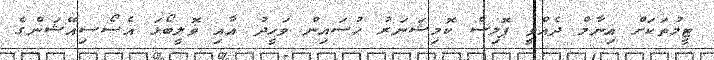
ޓީމުތަކަށް އިނާމް ދެއްވީ ޕޮލިސް ކޮމިޝަނަރު ހުސައިން ވަހީދު އާއި ވޮލީބޯޅަ އެސޯސިއޭޝަންގެ